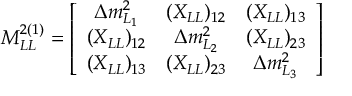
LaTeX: A _ { \mu } ^ { a } = \frac { 1 } { g } \bar { \eta } _ { \mu \nu a } \frac { 2 \rho ^ { 2 } x ^ { \nu } } { x ^ { 2 } ( x ^ { 2 } + \rho ^ { 2 } ) } .